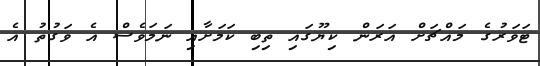
ޓަވަރުގެ މައްޗަށް އަރަން ކިޔޫގައި ތިބި ކަމަށާއި ނަމަވެސް އެ ވަގުތު އެ